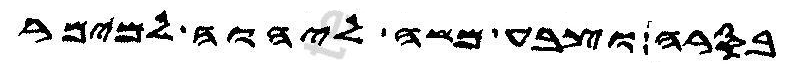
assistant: בסרה וצבע משה ליהוה למימר